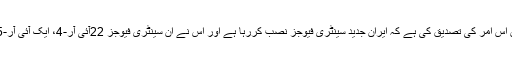
عالمی جوہری توانائی ایجنسی کے بورڈ آف گورنرز نے سوموار کو اپنے اجلاس میں اس امر کی تصدیق کی ہے کہ ایران جدید سینٹری فیوجز نصب کررہا ہے اور اس نے ان سینٹری فیوجز 22آئی آر-4، ایک آئی آر-5، 30آئی آر-6 اور تین آئی آر-6 کو یا تو نصب کردیا ہے یا انھیں نصب کررہا ہے۔